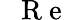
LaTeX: \mathrm{~\textit~{~R~e~}~}